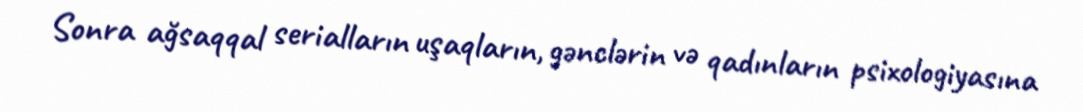
Sonra ağsaqqal serialların uşaqların, gənclərin və qadınların psixologiyasına